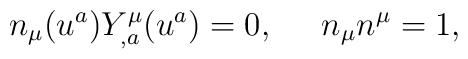
n_{\mu}( u^a )Y^{\mu}_{,a}( u^a ) = 0,  \;\;\;\;\; n_{\mu}n^{\mu}=1,